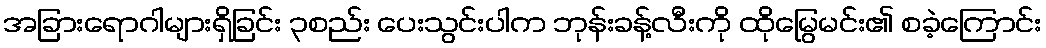
အခြားရောဂါများရှိခြင်း ၃စည်း ပေးသွင်းပါက ဘုန်းခန့်လီးကို ထိုမြွေမင်း၏ စခဲ့ကြောင်း